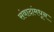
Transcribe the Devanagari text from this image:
संवादांमधून